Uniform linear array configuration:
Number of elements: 24
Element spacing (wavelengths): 1
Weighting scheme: binomial
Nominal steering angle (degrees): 0
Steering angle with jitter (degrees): -1.376
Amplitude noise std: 0.05
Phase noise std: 0.05

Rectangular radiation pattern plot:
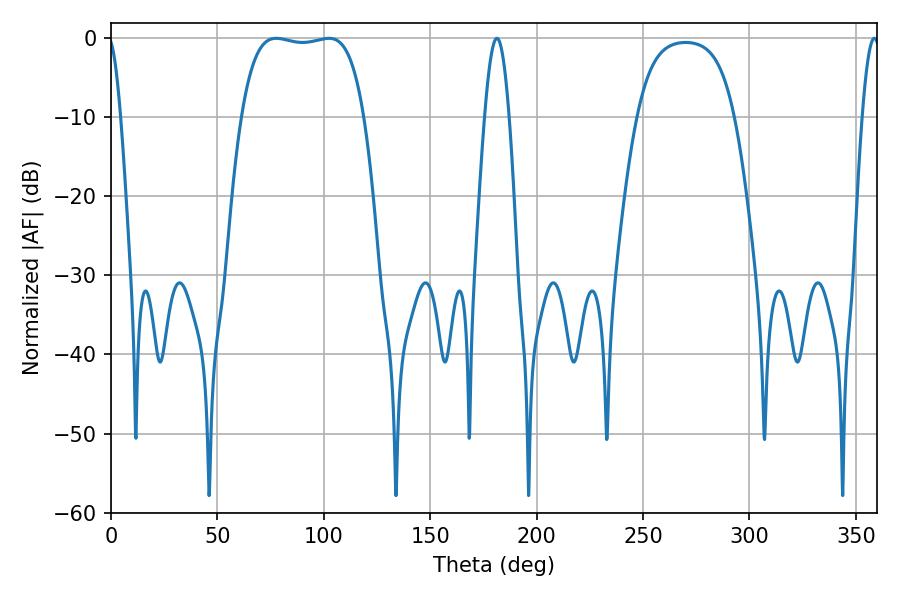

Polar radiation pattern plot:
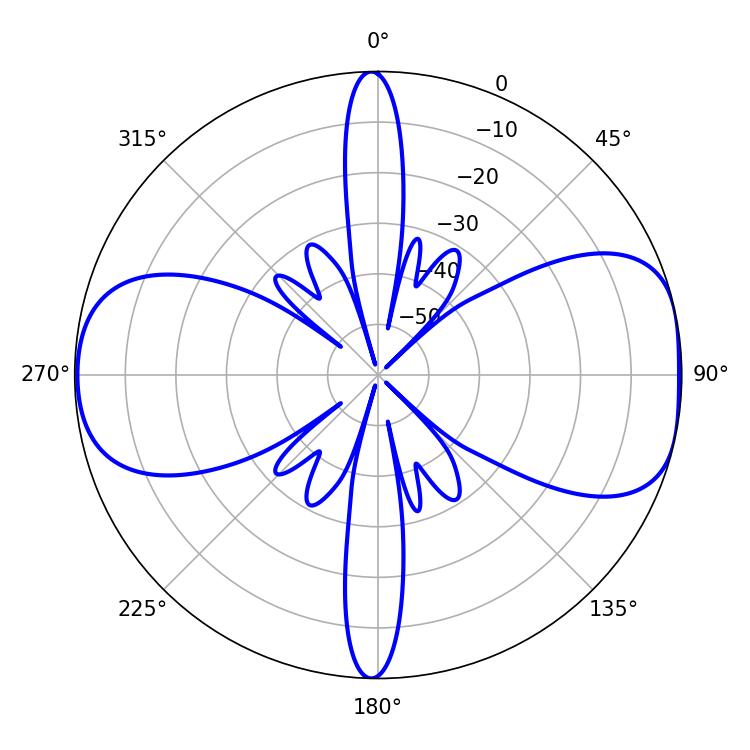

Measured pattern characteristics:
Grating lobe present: TRUE
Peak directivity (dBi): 8.652
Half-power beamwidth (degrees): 45.36
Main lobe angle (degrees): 77.58